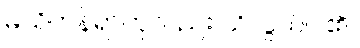
မသိတန်ရာဟုလည်း သိလွယ်ပါ၏။